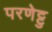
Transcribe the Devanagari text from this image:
परणेट्टु